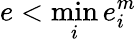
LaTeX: e<\operatorname*{min}_{i}{e_{i}^{m}}